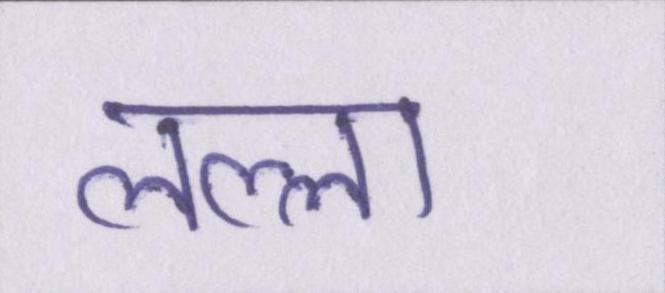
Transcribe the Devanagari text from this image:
लल्ला